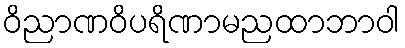
ဝိညာဏဝိပရိဏာမညထာဘာဝါ